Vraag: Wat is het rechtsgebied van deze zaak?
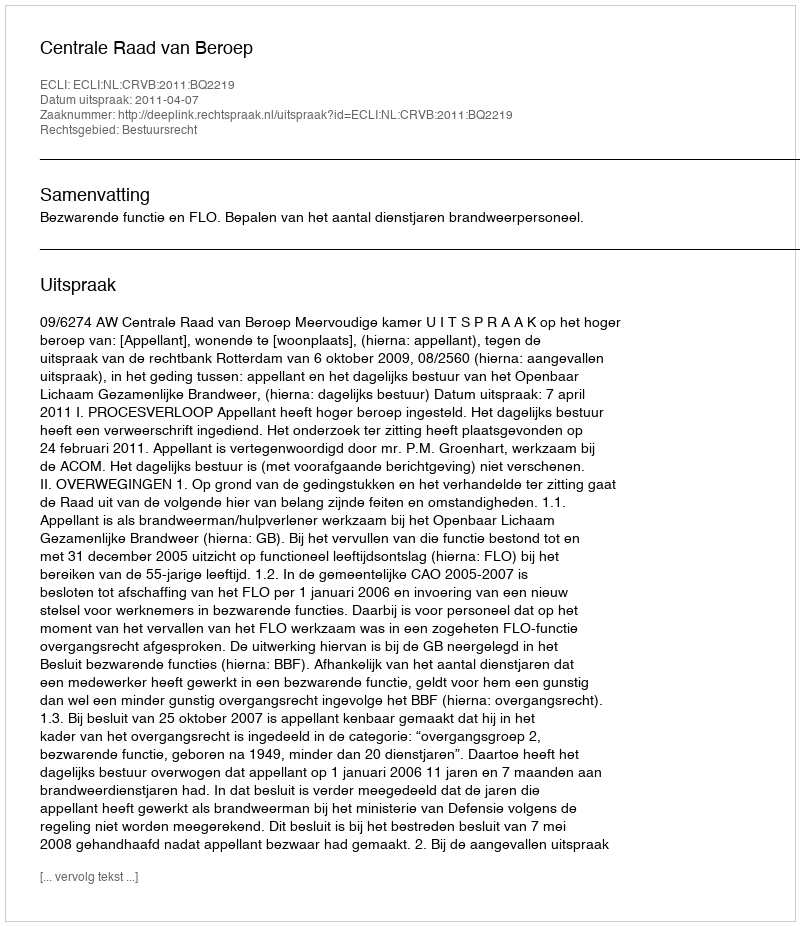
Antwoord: Bestuursrecht